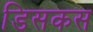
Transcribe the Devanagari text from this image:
डिसकस